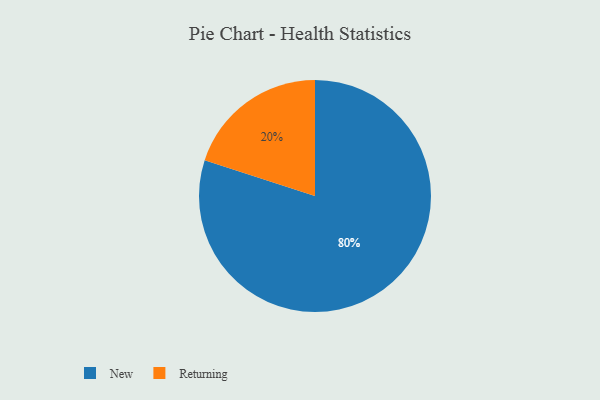
{"axis": {"x": "Category", "y": "Percentage"}, "legend": ["New", "Returning"], "data": [{"x": "Returning", "y": 20, "type": "Returning"}, {"x": "New", "y": 80, "type": "New"}]}